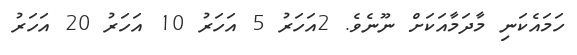
ހަމައެކަނި މާދަމާއަކަށް ނޫނެވެ. 2އަހަރު 5 އަހަރު 10 އަހަރު 20 އަހަރު